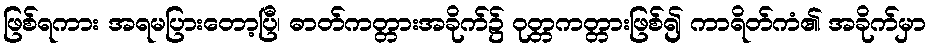
ဖြစ်ရကား အရမပြားတော့ပြီ၊ ဓာတ်ကတ္တားအခိုက်၌ ဝုတ္တကတ္တားဖြစ်၍ ကာရိတ်ကံ၏ အခိုက်မှာ